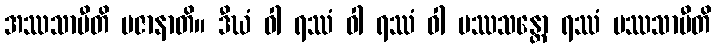
အဿသာမီတိ ပဇာနာတိ။ ဒီဃံ ဝါ ရဿံ ဝါ ရဿံ ဝါ ပဿသန္တော ရဿံ ပဿသာမီတိ